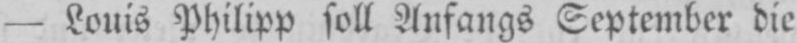
- Louis Philipp soll Anfangs September die